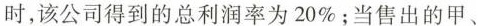
时，该公司得到的总利润率为20\%；当售出的甲、